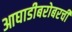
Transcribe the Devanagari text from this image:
आघाडीबरोबरची